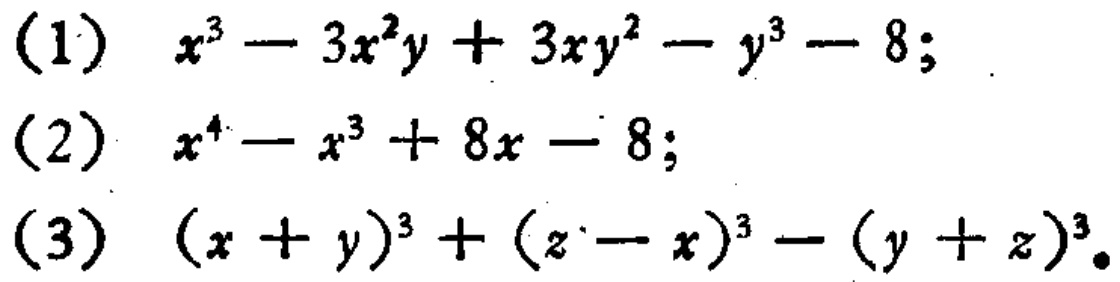
(1) \(x^{3}-3x^{2}y + 3xy^{2}-y^{3}-8\);

(2) \(x^{4}-x^{3}+8x - 8\);

(3) \((x + y)^{3}+(z - x)^{3}-(y + z)^{3}\)